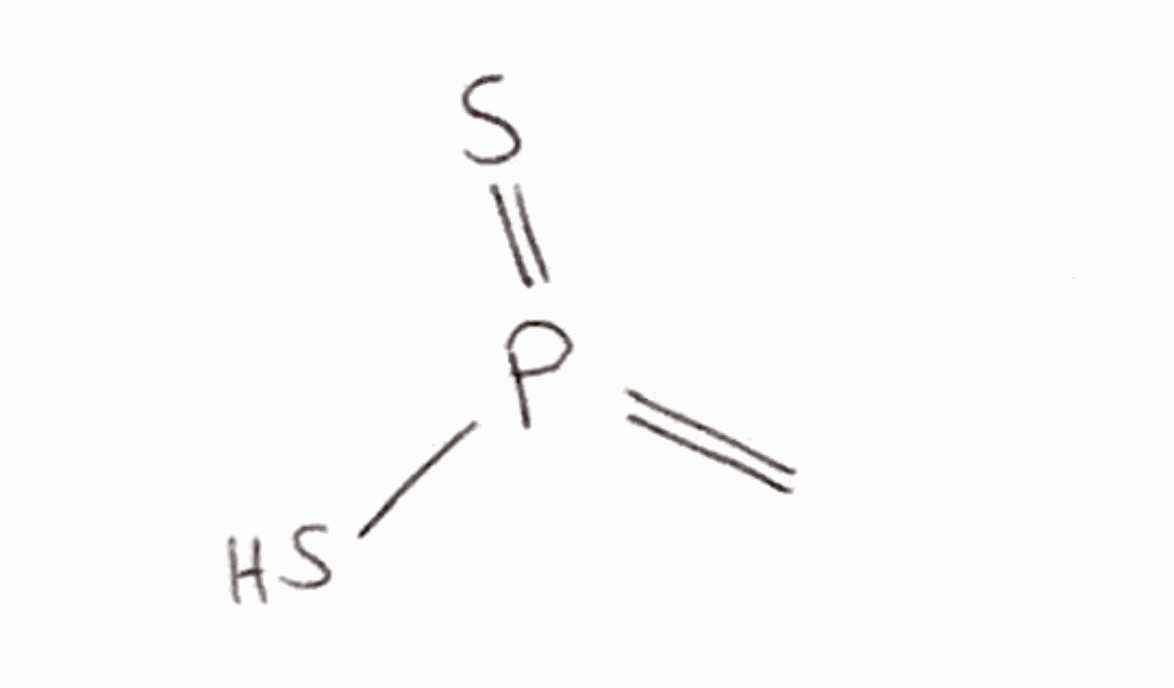
Simplified molecular-input line-entry system (SMILES) notation of the given molecule:
C=P(=S)S